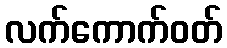
လက်ကောက်ဝတ်